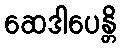
ဆေဒါပေန္တိ